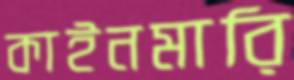
কাইনমারি